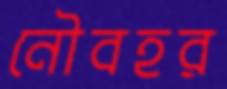
নৌবহর